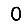
Digit: 0